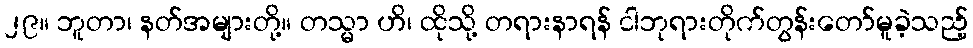
၂၉။ ဘူတာ၊ နတ်အများတို့။ တသ္မာ ဟိ၊ ထိုသို့ တရားနာရန် ငါဘုရားတိုက်တွန်းတော်မူခဲ့သည့်